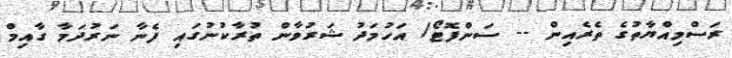
ރަސްމިއްޔާތުގެ ތެރެއިން -- ސަންފޮޓޯ/ އަހުމަދު ޝަރުވާން ތުރާކުނުގައި ފެނާ ނަރުދަމާ ގާއިމް